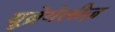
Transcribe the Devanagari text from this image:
यूब्रेयेलीज़